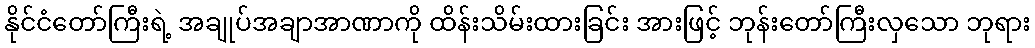
နိုင်ငံတော်ကြီးရဲ့ အချုပ်အချာအာဏာကို ထိန်းသိမ်းထားခြင်း အားဖြင့် ဘုန်းတော်ကြီးလှသော ဘုရား